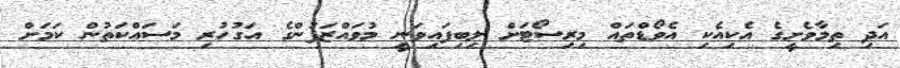
އަދި ތިމާވެށީގެ އެކިއެކި އެވޯޑްތައް މިރިސޯޓަށް ލިބިފައިވަނީ މުވައްޒަފުންގެ އަގުހުރި މަސައްކަތުން ކަމަށް